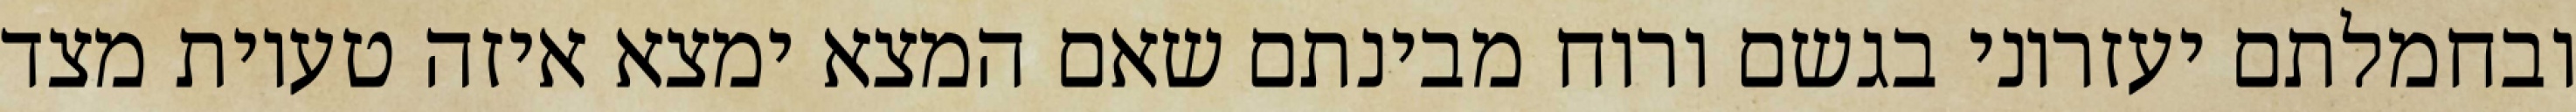
ובחמלתם יעזרוני בגשם ורוח מבינתם שאם המצא ימצא איזה טעיות מצד